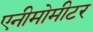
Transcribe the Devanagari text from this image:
एनीमोमीटर